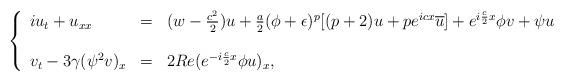
LaTeX: \begin{align*} \left\{\begin{array}{llllllll}iu_t+u_{xx}&=&(w-\frac{c^2}{2})u+\frac a2(\phi+\epsilon)^p[(p+2)u+pe^{icx}\overline{u}]+e^{i\frac c2 x}\phi v+\psi u\\\\v_t-3\gamma(\psi^2v)_x&=&2Re(e^{-i\frac c2 x}\phi u)_x, \end{array}\right.\end{align*}